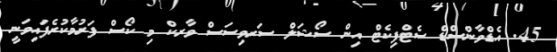
45. އެޑްވާންސްޑް ސެޓްފިކެޓް އިން ސޯޝަލް ސަރވިސަސް ވާރކް މި ކޯސް ފަރުމާކުރެފައިވަނީ